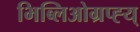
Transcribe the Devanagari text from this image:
भिब्लिओग्रप्ह्य्